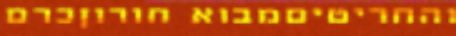
והחריטיםמבוא חורוןכרם